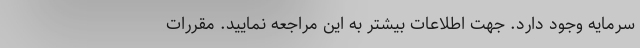
سرمایه وجود دارد. جهت اطلاعات بیشتر به این مراجعه نمایید. مقررات